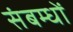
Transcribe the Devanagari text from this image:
संबम्धों